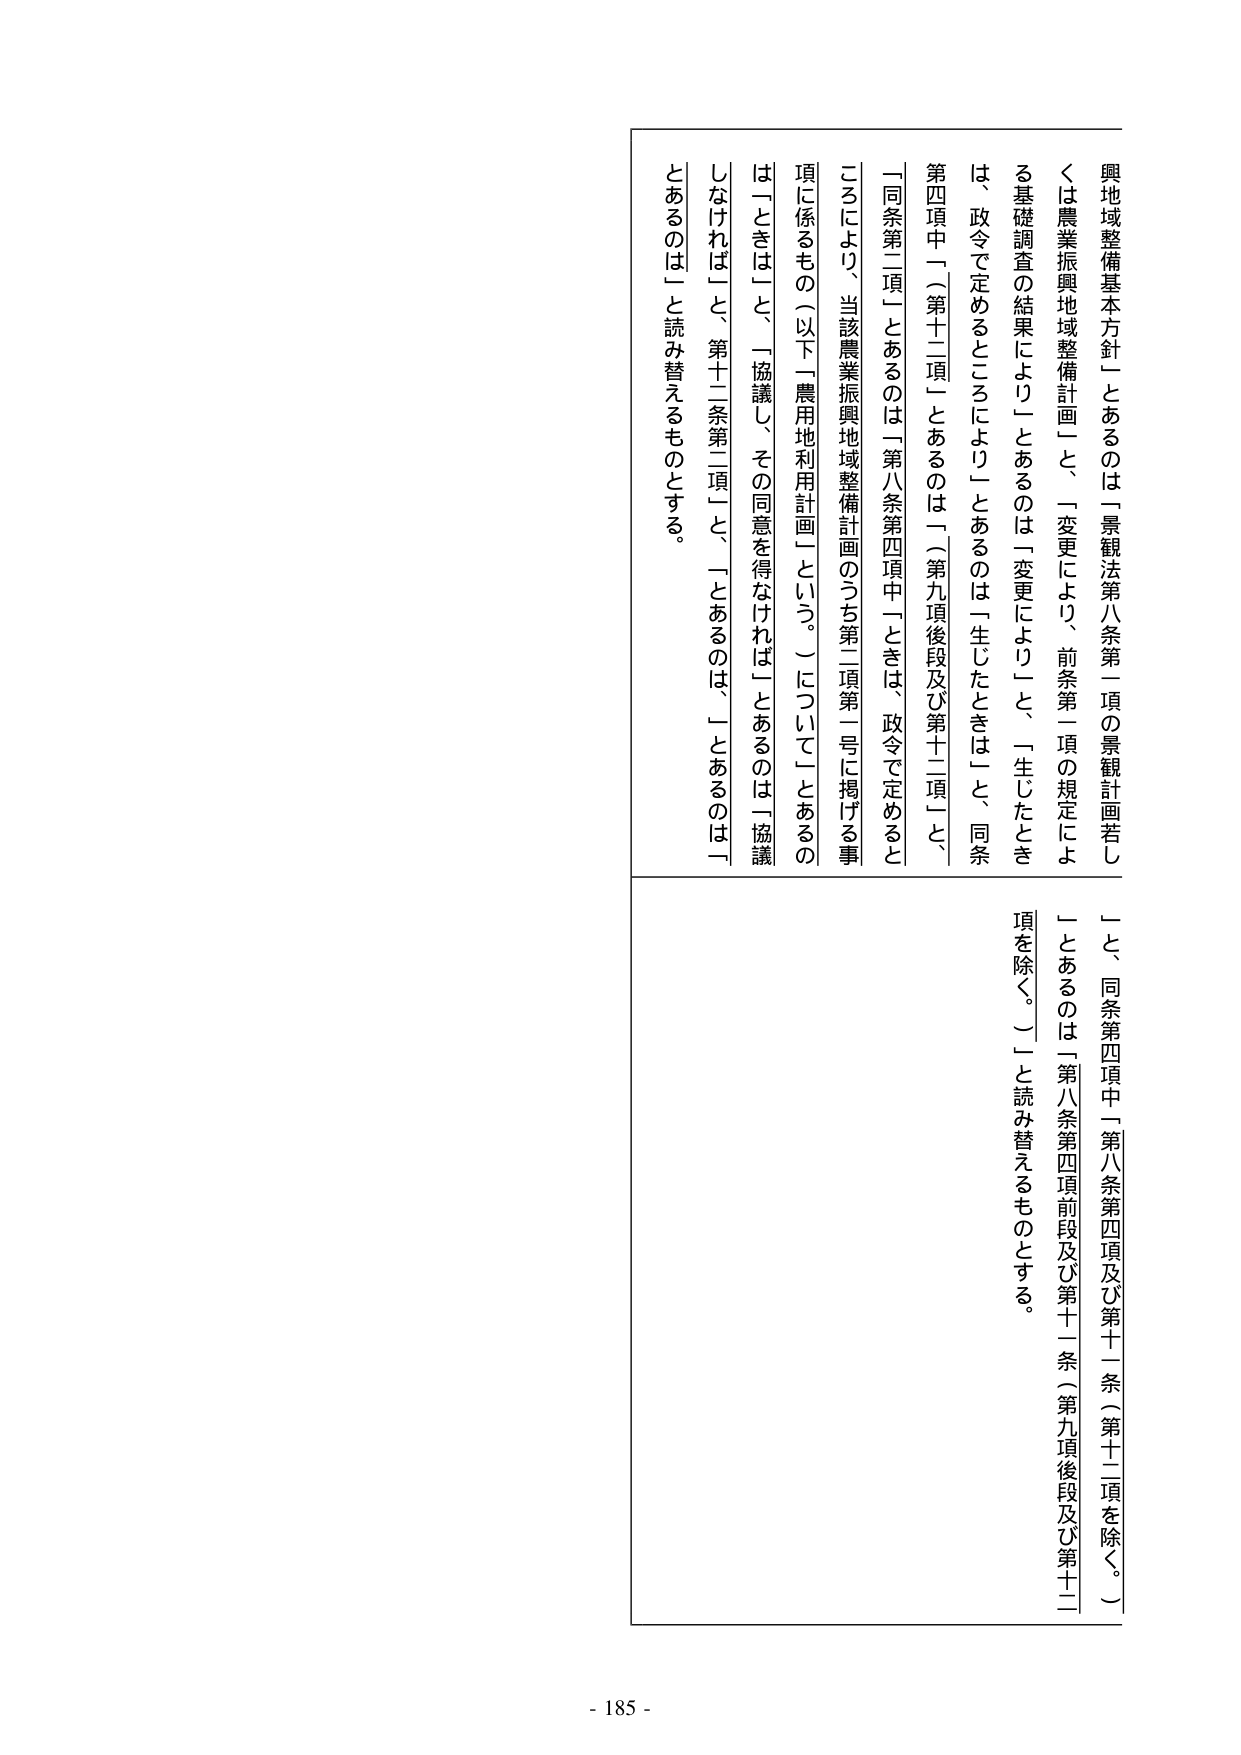
興地域整備基本方針」とあるのは「景観法第八条第一項の景観計画若しくは農業振興地域整備計画」と、「変更により、前条第一項の規定による基礎調査の結果により」とあるのは「変更により」と、「生じたときは、政令で定めるところにより」とあるのは「生じたときは」と、同条第四項中「（第十二項）とあるのは「（第九項後段及び第十二項）と、「同条第二項」とあるのは「第八条第四項中「ときは、政令で定めるところにより、当該農業振興地域整備計画のうち第二項第一号に掲げる事項に係るもの（以下「農用地利用計画」という。）について」とあるのは「ときは」と、「協議し、その同意を得なければ」とあるのは「協議しなければ」と、第十二条第二項「」と、「であるのは」「であるのは」と読み替えるものとする。

「と、同条第四項中「第八条第四項及び第十二条（第十二項を除く。）」とあるのは「第八条第四項前段及び第十二条（第九項後段及び第十二項を除く。）」と読み替えるものとする。